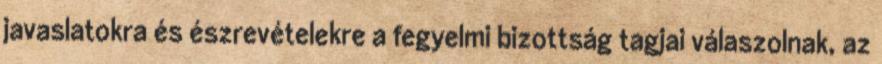
javaslatokra és észrevételekre a fegyelmi bizottság tagjai válaszolnak, az